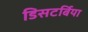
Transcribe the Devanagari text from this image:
डिसटर्बिया